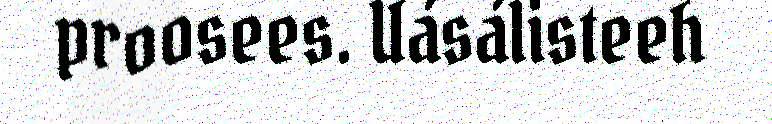
proosees. Uásálisteeh